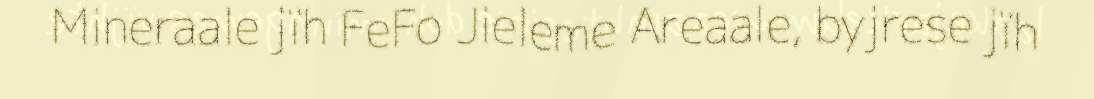
Mineraale jïh FeFo Jieleme Areaale, byjrese jïh